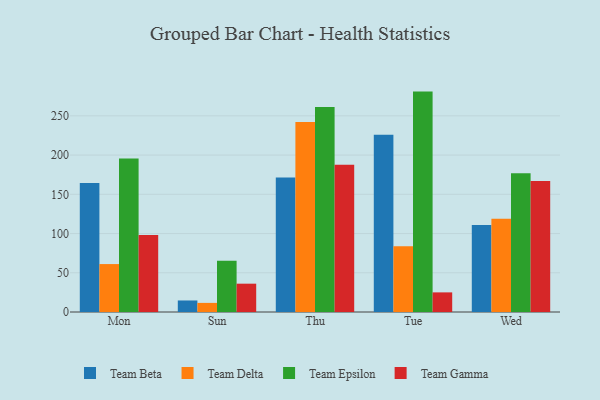
{"axis": {"x": "Day", "y": "Production Output"}, "legend": ["Team Beta", "Team Delta", "Team Epsilon", "Team Gamma"], "data": [{"x": "Mon", "y": 164.3, "type": "Team Beta"}, {"x": "Mon", "y": 61.1, "type": "Team Delta"}, {"x": "Mon", "y": 195.6, "type": "Team Epsilon"}, {"x": "Mon", "y": 98.0, "type": "Team Gamma"}, {"x": "Sun", "y": 14.7, "type": "Team Beta"}, {"x": "Sun", "y": 11.6, "type": "Team Delta"}, {"x": "Sun", "y": 65.2, "type": "Team Epsilon"}, {"x": "Sun", "y": 36.1, "type": "Team Gamma"}, {"x": "Thu", "y": 171.4, "type": "Team Beta"}, {"x": "Thu", "y": 242.0, "type": "Team Delta"}, {"x": "Thu", "y": 261.3, "type": "Team Epsilon"}, {"x": "Thu", "y": 187.8, "type": "Team Gamma"}, {"x": "Tue", "y": 225.8, "type": "Team Beta"}, {"x": "Tue", "y": 83.7, "type": "Team Delta"}, {"x": "Tue", "y": 280.9, "type": "Team Epsilon"}, {"x": "Tue", "y": 25.0, "type": "Team Gamma"}, {"x": "Wed", "y": 111.0, "type": "Team Beta"}, {"x": "Wed", "y": 118.9, "type": "Team Delta"}, {"x": "Wed", "y": 176.8, "type": "Team Epsilon"}, {"x": "Wed", "y": 167.1, "type": "Team Gamma"}]}